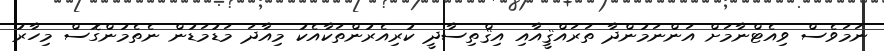
ނަމަވެސް ވިއެޓްނާމަށް އަންނަމުންދާ ތަރައްޤީއާއި އިޤްތިސާދީ ކުރިއެރުންތަކާއެކު މިއާދަ މަޑުމަޑުން ނެތެމުންގޮސް މިހާރު